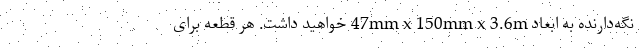
نگه‌دارنده به ابعاد 47mm x 150mm x 3.6m خواهید داشت. هر قطعه برای